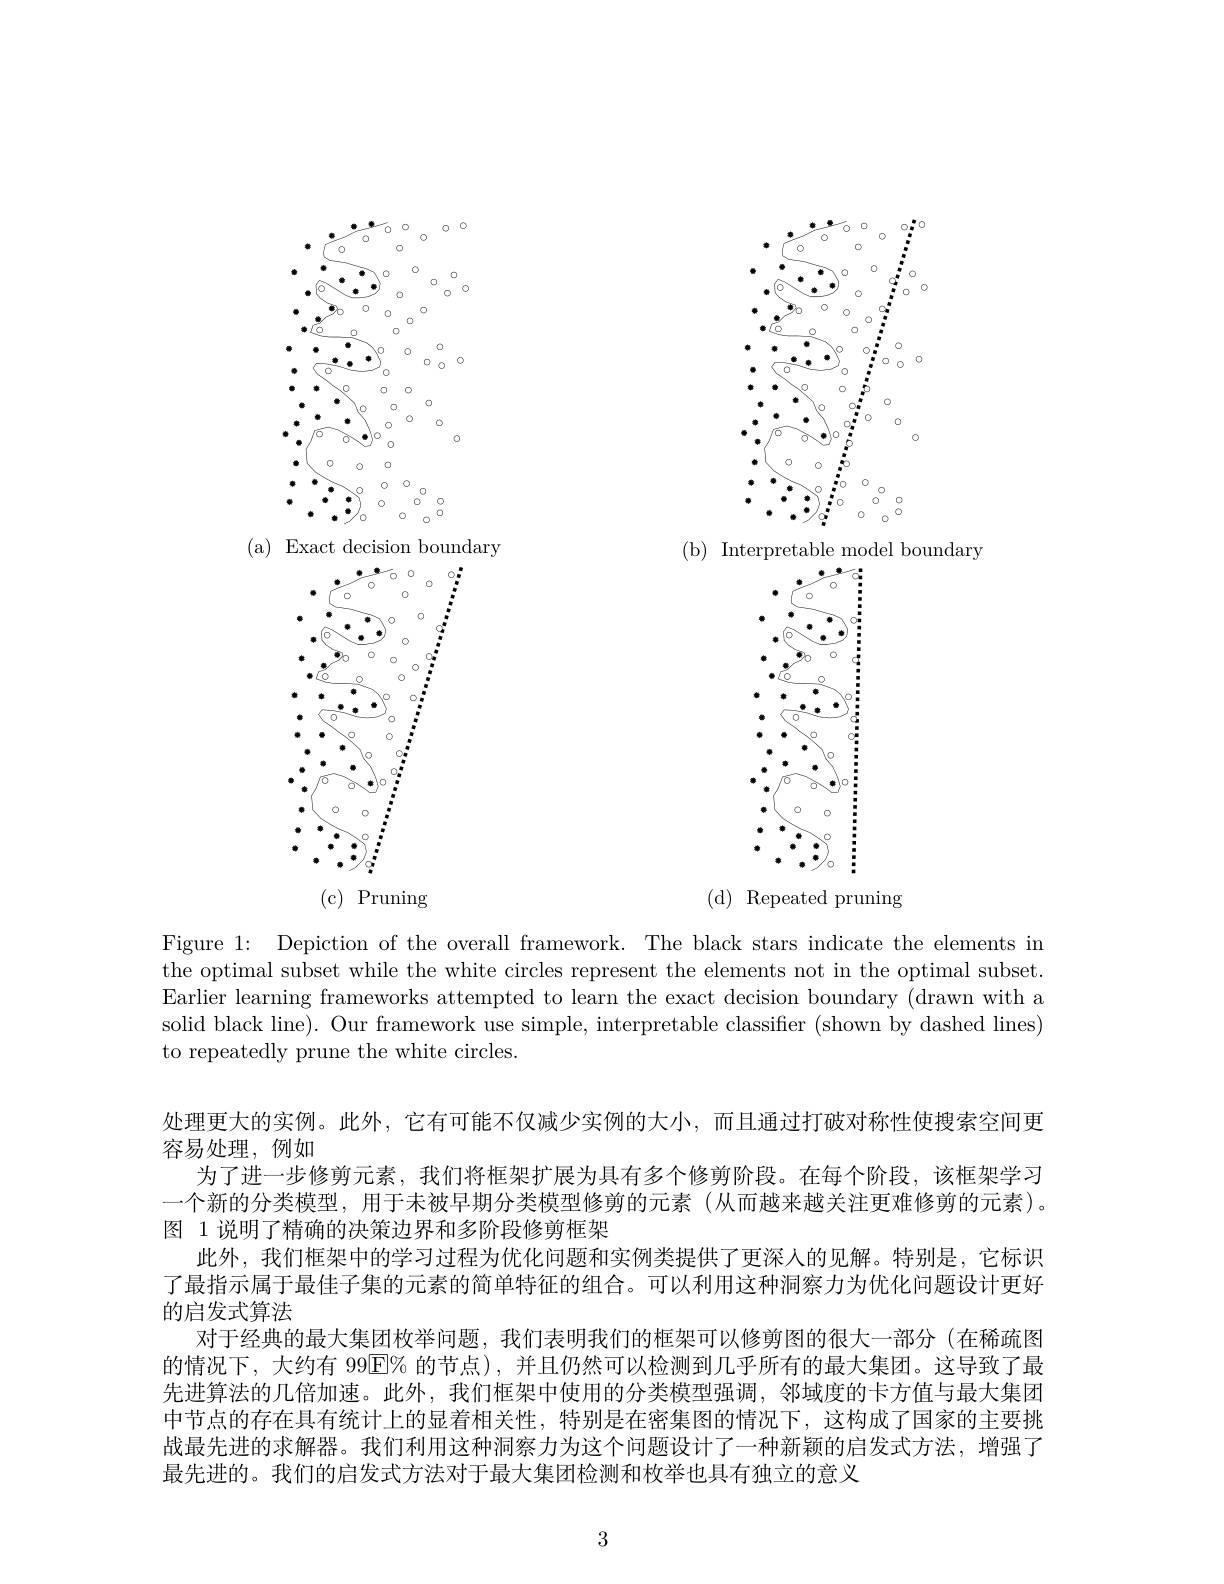
<FigureHere>

( a) ${\mathrm{Exact~decision~boundary}}$

( b) ${\mathrm{~Interpretable~model~boundary}}$

<FigureHere>

<FigureHere>
(c) Pruning

( d) ${\mathrm{Repeated~pruning}}$

Figure 1: Depiction of the overall framework. The black stars indicate the elements in the optimal subset while the white circles represent the elements not in the optimal subset. Earlier learning frameworks attempted to learn the exact decision boundary (drawn with a solid black line). Our framework use simple, interpretable classifier (shown by dashed lines) to repeatedly prune the white circles

处理更大的实例。此外，它有可能不仅减少实例的大小，而且通过打破对称性使搜索空间更
容易处理，例如
为了进一步修剪元素，我们将框架扩展为具有多个修剪阶段。在每个阶段，该框架学习一个新的分类模型，用于未被早期分类模型修剪的元素(从而越来越关注更难修剪的元素)。图 1 说明了精确的决策边界和多阶段修剪框架
此外，我们框架中的学习过程为优化问题和实例类提供了更深人的见解。特别是，它标识了最指示属于最佳子集的元素的简单特征的组合。可以利用这种洞察力为优化问题设计更好的启发式算法
对于经典的最大集团枚举问题，我们表明我们的框架可以修剪图的很大一部分(在稀疏图的情况下，大约有 99$\overline{\mathrm{E}}\%$的节点),并且仍然可以检测到几乎所有的最大集团。这导致了最先进算法的几倍加速。此外，我们框架中使用的分类模型强调，邻域度的卡方值与最大集团中节点的存在具有统计上的显着相关性，特别是在密集图的情况下，这构成了国家的主要挑战最先进的求解器。我们利用这种洞察力为这个问题设计了一种新颖的启发式方法，增强了最先进的。我们的启发式方法对于最大集团检测和枚举也具有独立的意义

3